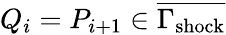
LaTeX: Q_{i}=P_{i+1}\in\overline{{\Gamma_{\mathrm{shock}}}}